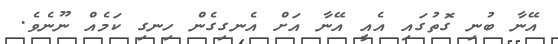
އޭނާ ބުނި ގޮތުގައި އެއީ އޭނާ އަށް އެނގިގެން ހިނގި ކަމެއް ނޫނެވެ.